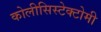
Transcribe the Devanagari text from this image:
कोलीसिस्टेक्टोमी